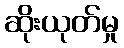
ဆိုးယုတ်မှု